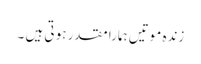
زندہ موتیں ہمارا مقدر ہو تی ہیں ۔